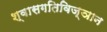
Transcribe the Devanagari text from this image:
श्वासगतिविज्ञान